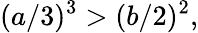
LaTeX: (a/3)^{3}>(b/2)^{2},